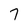
Character: 7